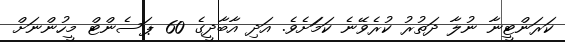
ކަރަންޓީނާ ނުލާ ދަތުރު ކުރެވޭނެ ކަމަަށެވެ. އަދި އާބާދީގެ 60 ޕަސެންޓް މީހުންނަށް